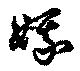
娥